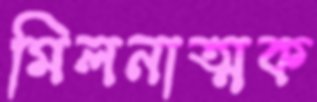
মিলনাত্মক